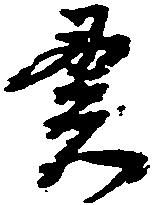
貫